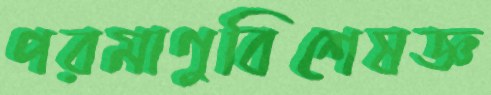
পরমাণুবিশেষজ্ঞ